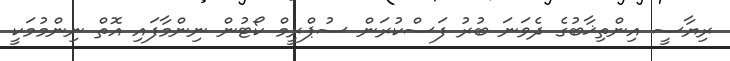
ރިޔާސީ އިންތިޚާބުގެ ދެވަނަ ބުރު ފަސްކުރަން ސުޕްރީމް ކޯޓުން ނިންމާފައި އޮތް ނިންމުމަކީ